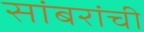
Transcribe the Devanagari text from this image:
सांबरांची